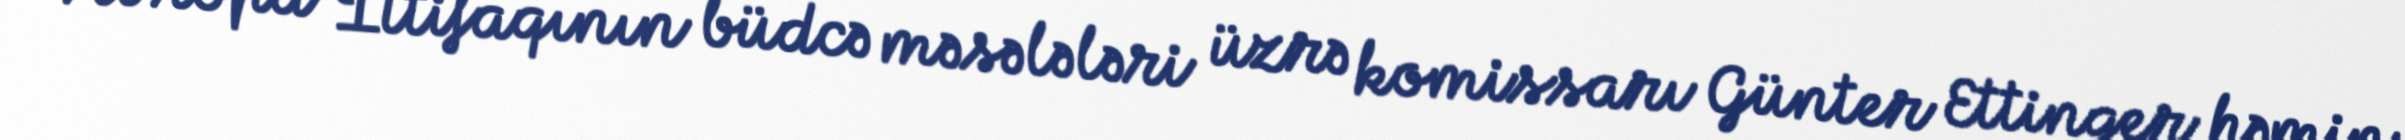
Avropa İttifaqının büdcə məsələləri üzrə komissarı Günter Ettinger həmin